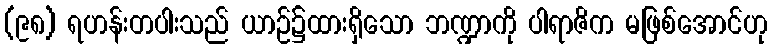
(၉၈) ရဟန်းတပါးသည် ယာဉ်၌ထားရှိသော ဘဏ္ဍာကို ပါရာဇိက မဖြစ်အောင်ဟု